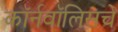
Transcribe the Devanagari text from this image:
कॉर्नवॉलिसचे